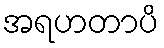
အရဟတာပိ